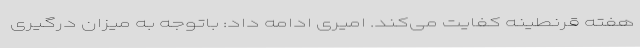
هفته قرنطینه کفایت می‌کند. امیری ادامه داد: باتوجه به میزان درگیری